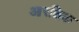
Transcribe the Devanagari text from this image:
आरक्षिक